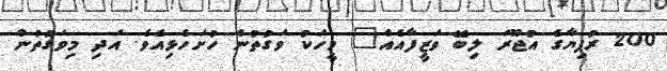
200 ރުފިޔާގެ އުޖޫރަ ލިބޭ ވަޒީފާއެއް" މީހަކު ވަގުތުން ހުށަހެޅިއެވެ. އަދި މިވަގުތުން